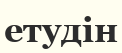
етудін